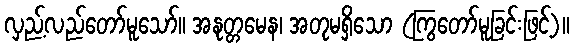
လှည့်လည်တော်မူသော်။ အနုတ္တမေန၊ အတုမရှိသော (ကြွတော်မူခြင်းဖြင့်)။